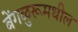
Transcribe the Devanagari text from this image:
बेंगळुरूमधील